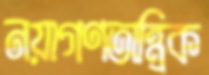
নয়াগণতান্ত্রিক